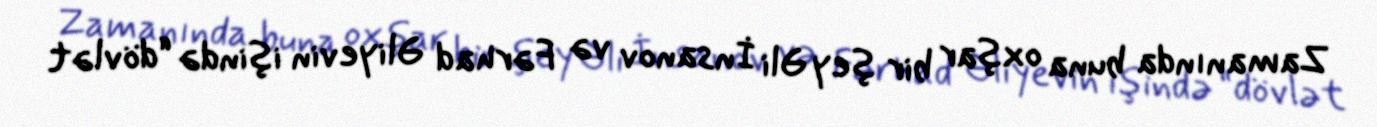
Zamanında buna oxşar bir şey Əli İnsanov və Fərhad Əliyevin işində “dövlət